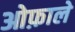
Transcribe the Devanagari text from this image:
ओफ़ाले